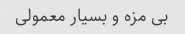
بی مزه و بسیار معمولی